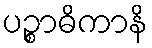
ပဉ္စာဓိကာနိ